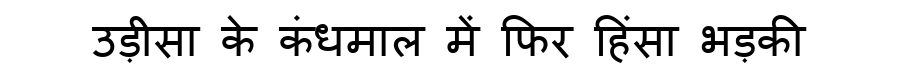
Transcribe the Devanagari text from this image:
उड़ीसा के कंधमाल में फिर हिंसा भड़की